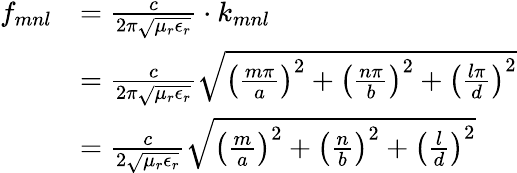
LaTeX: {\begin{array}{rl}{f_{mnl}}&{={\frac{c}{2\pi{\sqrt{\mu_{r}\epsilon_{r}}}}}\cdot k_{mnl}}\\ &{={\frac{c}{2\pi{\sqrt{\mu_{r}\epsilon_{r}}}}}{\sqrt{\left({\frac{m\pi}{a}}\right)^{2}+\left({\frac{n\pi}{b}}\right)^{2}+\left({\frac{l\pi}{d}}\right)^{2}}}}\\ &{={\frac{c}{2{\sqrt{\mu_{r}\epsilon_{r}}}}}{\sqrt{\left({\frac{m}{a}}\right)^{2}+\left({\frac{n}{b}}\right)^{2}+\left({\frac{l}{d}}\right)^{2}}}}\end{array}}